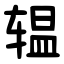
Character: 辒